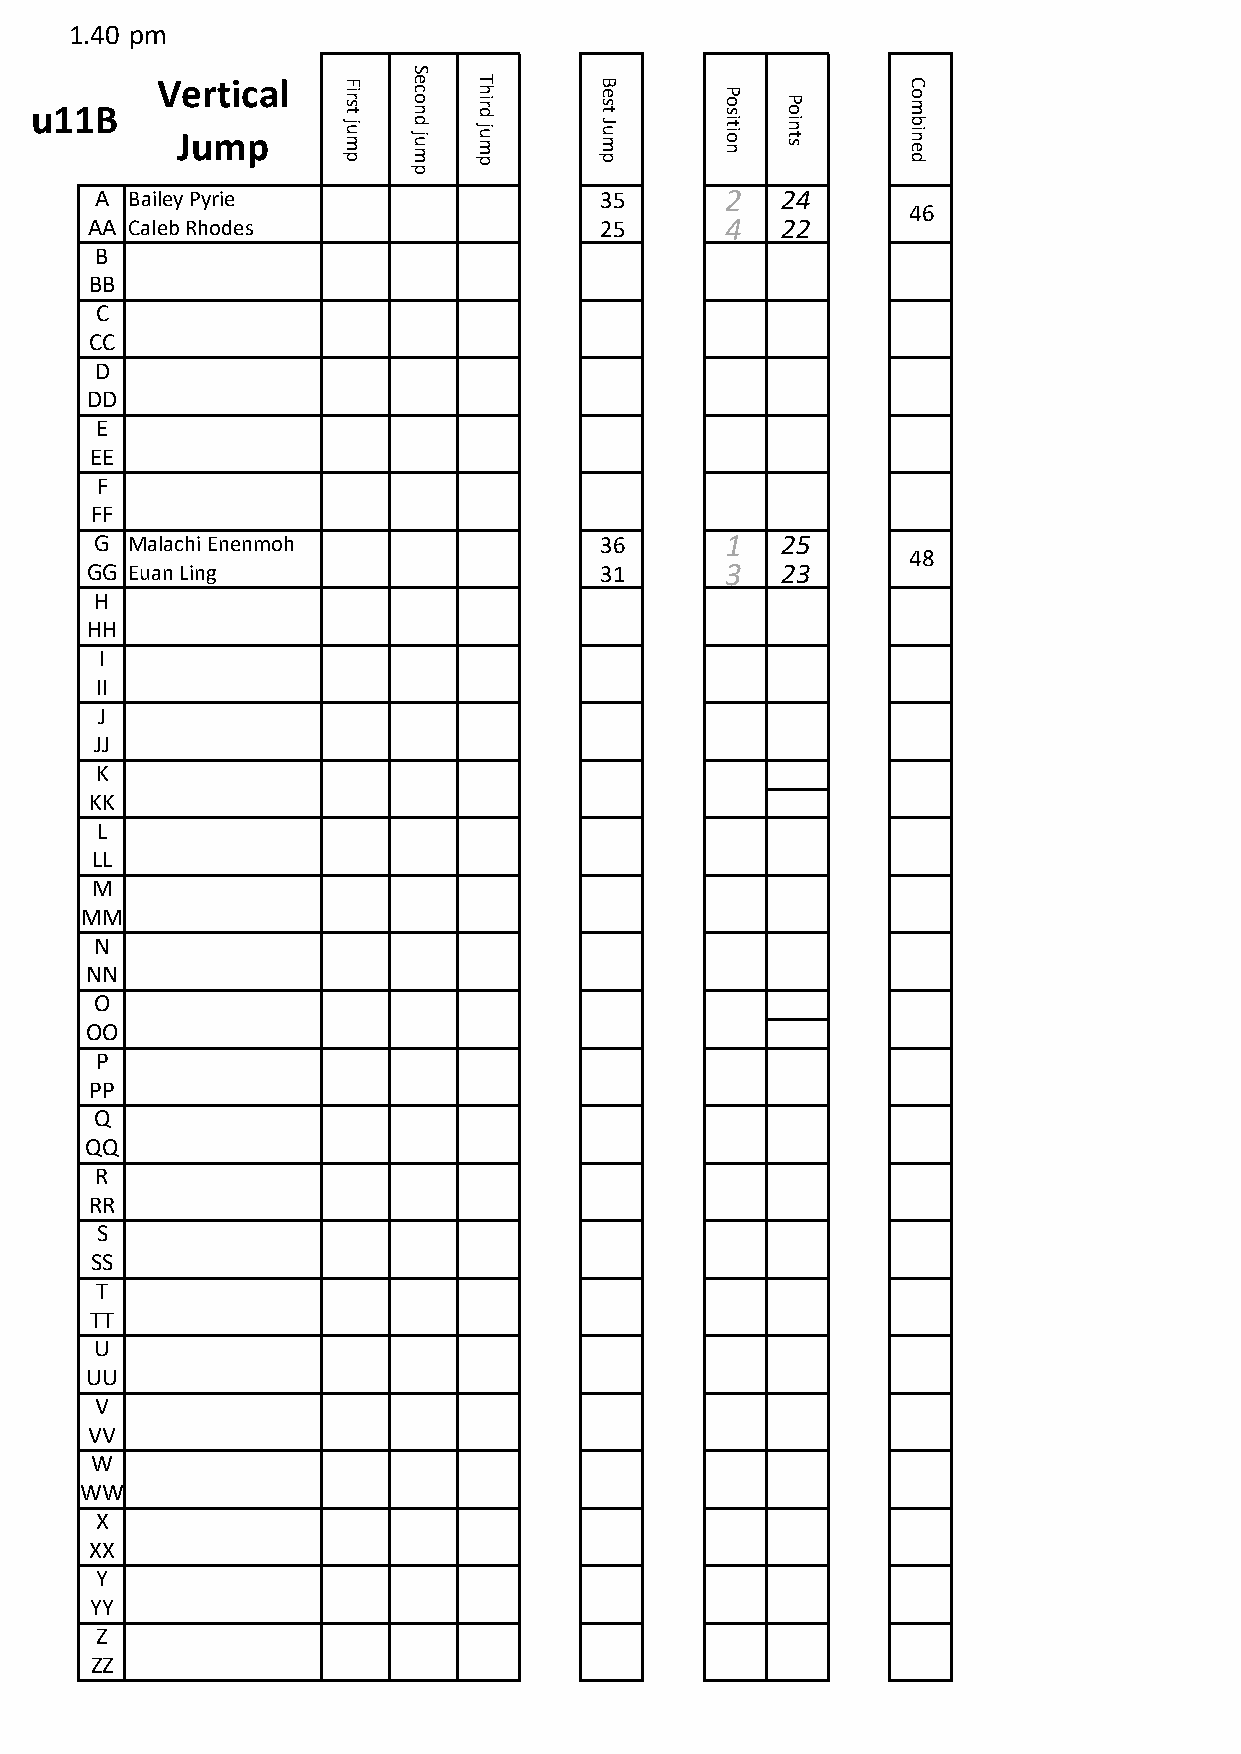
1.40 pm
 S
 Vertical     F   e   T        B                   C
 u11B
 Jump
 ir s t
 ju m p
 c o n
 d ju m
 h ir d
 ju m p
 e s t
 J u m p
 P o s
 it io n
 P o
 in t s
 o m
 b in e d
 p
 A Bailey Pyrie                    35      2   24
 46
 AA Caleb Rhodes                   25      4   22
 B
 BB
 C
 CC
 D
 DD
 E
 EE
 F
 FF
 G Malachi Enenmoh                 36      1   25
 48
 GG Euan Ling                      31      3   23
 H
 HH
 I
 II
 J
 JJ
 K
 KK
 L
 LL
 M
 MM
 N
 NN
 O
 OO
 P
 PP
 Q
 QQ
 R
 RR
 S
 SS
 T
 TT
 U
 UU
 V
 VV
 W
 WW
 X
 XX
 Y
 YY
 Z
 ZZ